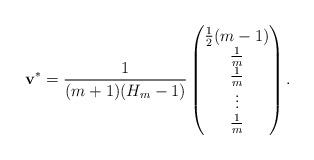
LaTeX: \begin{align*}{\bf v^*} =\frac 1 {(m+1)(H_m-1)}\begin{pmatrix} \frac 1 2 (m-1)\\ \frac 1 {m}\\ \frac 1 {m}\\ \vdots\\ \frac 1{m} \end{pmatrix}.\end{align*}